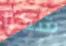
شكرا